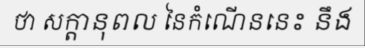
ថា សក្តានុពល នៃកំណើននេះ នឹង